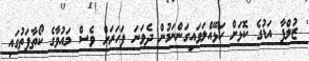
' ޒުލްފާ އަޑުގެ ކޮޅަށް ހަޅޭއްލަވައިގަންނަމުން ދެވަނަ ފަހަރަށް ވެސް މައުވާގެ ކޯތާފަތުގައި